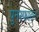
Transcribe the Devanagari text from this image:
पुनस्फाटन